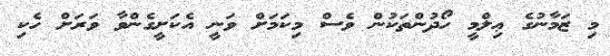
މި ޒަމާނުގެ ޢިލްމީ ހޯދުންތަކުން ވެސް މިކަމަށް ވަނީ އެކަށީގެންވާ ވަރަށް ހެކި